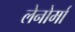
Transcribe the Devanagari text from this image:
लेनोर्मां